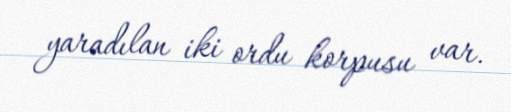
yaradılan iki ordu korpusu var.